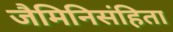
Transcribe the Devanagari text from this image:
जैमिनिसंहिता